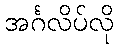
အင်္ဂလိပ်လို